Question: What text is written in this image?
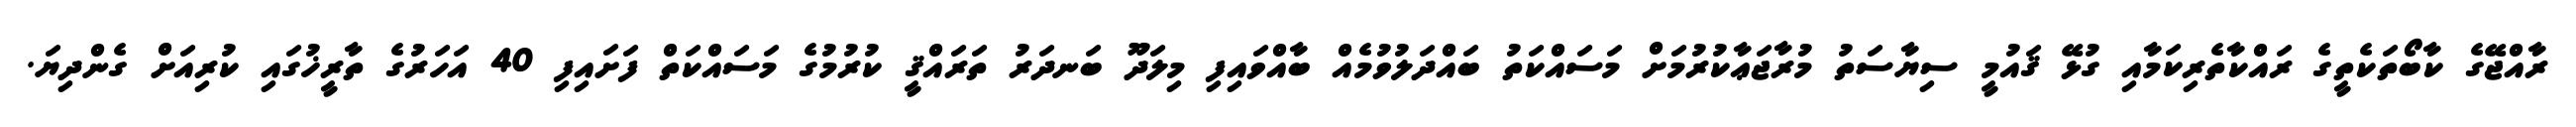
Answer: ރާއްޖޭގެ ކާބޯތަކެތީގެ ރައްކާތެރިކަމާއި ގުޅޭ ޤައުމީ ސިޔާސަތު މުރާޖަޢާކުރުމަށް މަސައްކަތު ބައްދަލުވުމެއް ބާއްވައިފި މިލަދޫ ބަނދަރު ތަރައްޤީ ކުރުމުގެ މަސައްކަތް ފަށައިފި 40 އަހަރުގެ ތާރީޚުގައި ކުރިއަށް ގެންދިޔަ.